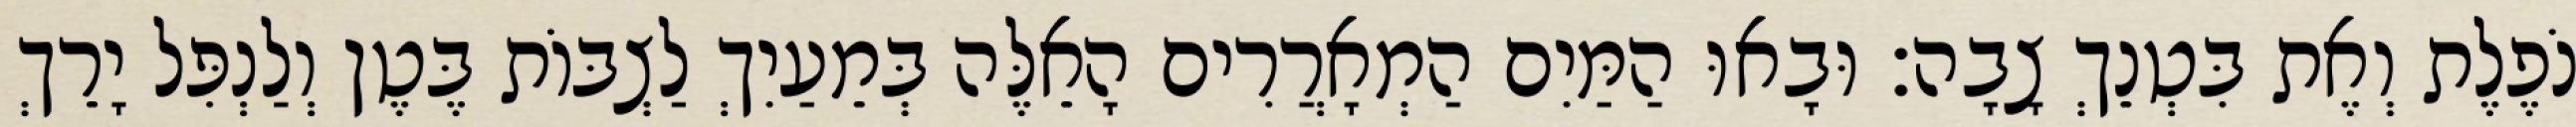
נֹפֶלֶת וְאֶת בִּטְנֵךְ צָבָה׃ וּבָאוּ הַמַּיִם הַמְאָרֲרִים הָאֵלֶּה בְּמֵעַיִךְ לַצְבּוֹת בֶּטֶן וְלַנְפִּל יָרֵךְ